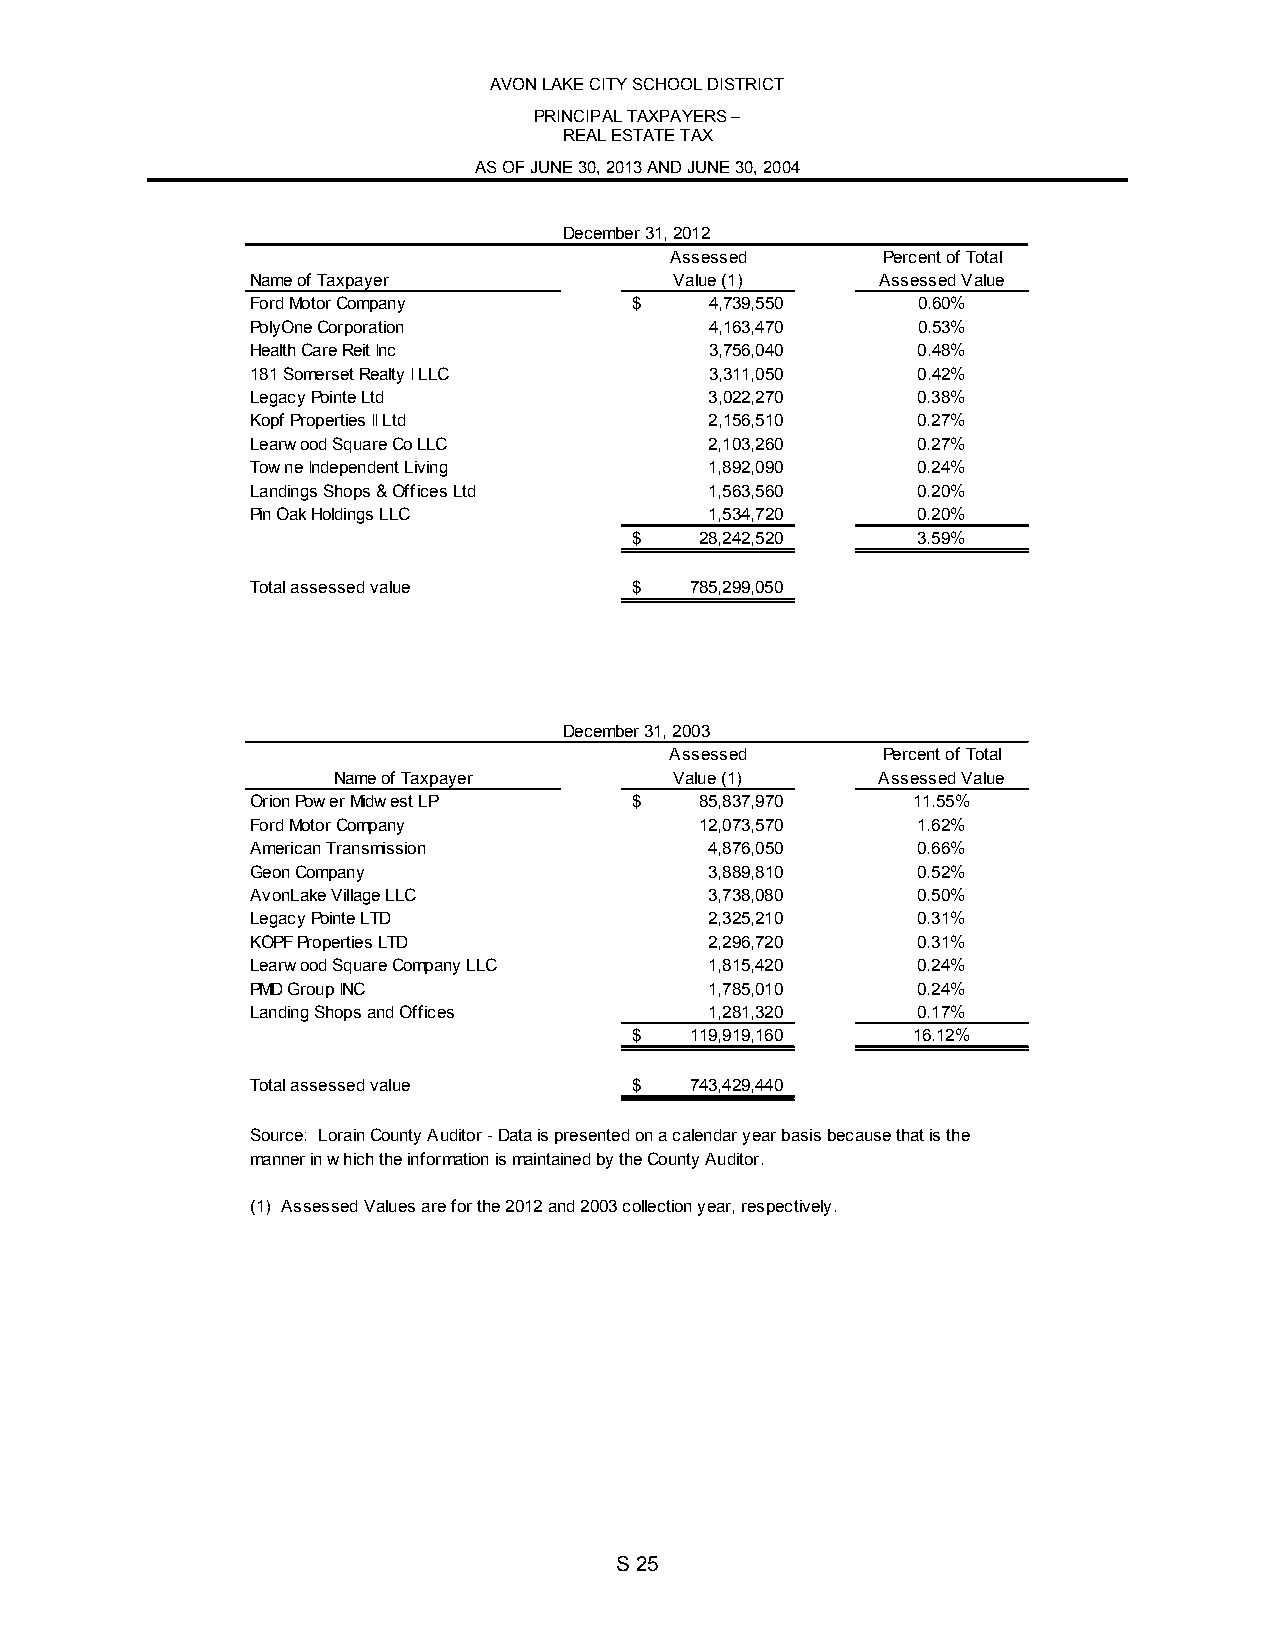
AVON LAKE CITY SCHOOL DISTRICT
 PRINCIPAL TAXPAYERS –
 REAL ESTATE TAX
 AS OF JUNE 30, 2013 AND JUNE 30, 2004
 December 31, 2012
 Assessed      Percent of Total
 Name of Taxpayer            Value (1)    Assessed Value
 Ford Motor Company       $    4,739,550     0.60%
 PolyOne Corporation           4,163,470     0.53%
 Health Care Reit Inc          3,756,040     0.48%
 181 Somerset Realty I LLC     3,311,050     0.42%
 Legacy Pointe Ltd             3,022,270     0.38%
 Kopf Properties II Ltd        2,156,510     0.27%
 Learwood Square Co LLC        2,103,260     0.27%
 Towne Independent Living      1,892,090     0.24%
 Landings Shops & Offices Ltd  1,563,560     0.20%
 Pin Oak Holdings LLC          1,534,720     0.20%
 $   28,242,520     3.59%
 Total assessed value     $   785,299,050
 December 31, 2003
 Assessed      Percent of Total
 Name of Taxpayer       Value (1)    Assessed Value
 Orion Power Midwest LP   $   85,837,970    11.55%
 Ford Motor Company           12,073,570     1.62%
 American Transmission         4,876,050     0.66%
 Geon Company                  3,889,810     0.52%
 AvonLake Village LLC          3,738,080     0.50%
 Legacy Pointe LTD             2,325,210     0.31%
 KOPF Properties LTD           2,296,720     0.31%
 Learwood Square Company LLC   1,815,420     0.24%
 PMD Group INC                 1,785,010     0.24%
 Landing Shops and Offices     1,281,320     0.17%
 $   119,919,160   16.12%
 Total assessed value     $   743,429,440
 Source: Lorain County Auditor - Data is presented on a calendar year basis because that is the
 manner in which the information is maintained by the County Auditor.
 (1) Assessed Values are for the 2012 and 2003 collection year, respectively.
 S 25